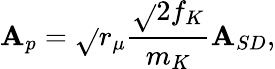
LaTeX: \mathbf{A}_{p}=\sqrt{}{{r_{\mu}}}\frac{{\sqrt{}{{2}}f_{K}}}{{m_{K}}}\mathbf{A}_{SD},